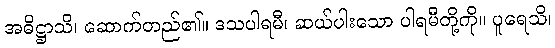
အဓိဋ္ဌာသိ၊ ဆောက်တည်၏။ ဒသပါရမီ၊ ဆယ်ပါးသော ပါရမီတို့ကို။ ပူရေသိ၊